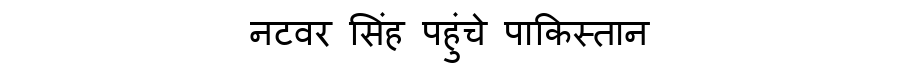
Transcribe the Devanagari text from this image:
नटवर सिंह पहुंचे पाकिस्तान